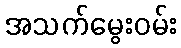
အသက်မွေးဝမ်း